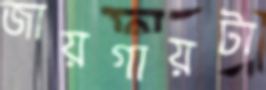
জায়গায়টা